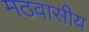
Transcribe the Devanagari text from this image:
मठवासीय